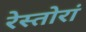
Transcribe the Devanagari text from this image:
रेस्तोरां